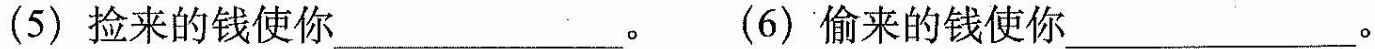
(5)捡来的钱使你__________。(6)偷来的钱使你___________。